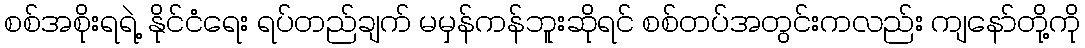
စစ်အစိုးရရဲ့ နိုင်ငံရေး ရပ်တည်ချက် မမှန်ကန်ဘူးဆိုရင် စစ်တပ်အတွင်းကလည်း ကျနော်တို့ကို